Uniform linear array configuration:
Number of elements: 8
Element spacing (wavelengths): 0.25
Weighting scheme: blackman
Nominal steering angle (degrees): -30
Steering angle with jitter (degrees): -31.224
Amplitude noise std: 0.05
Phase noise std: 0.05

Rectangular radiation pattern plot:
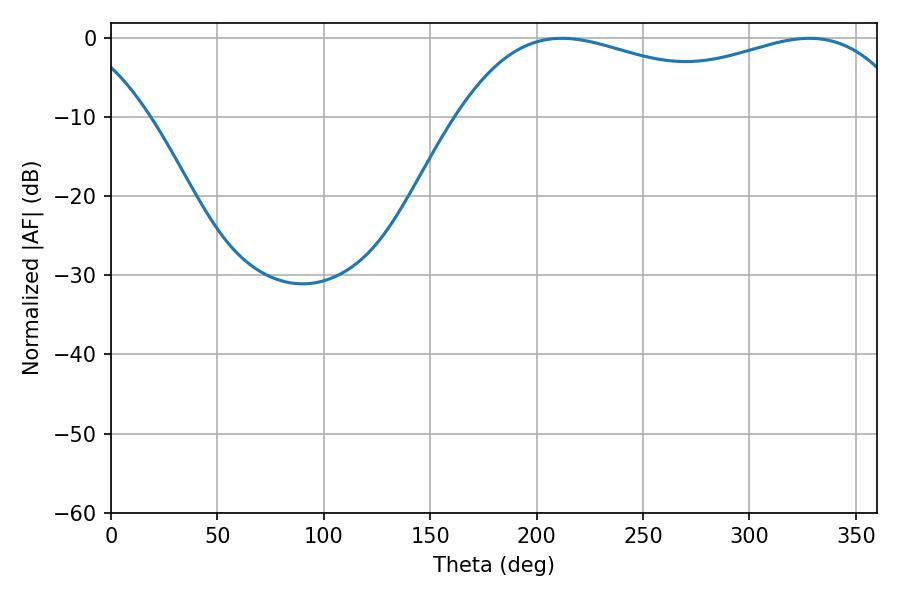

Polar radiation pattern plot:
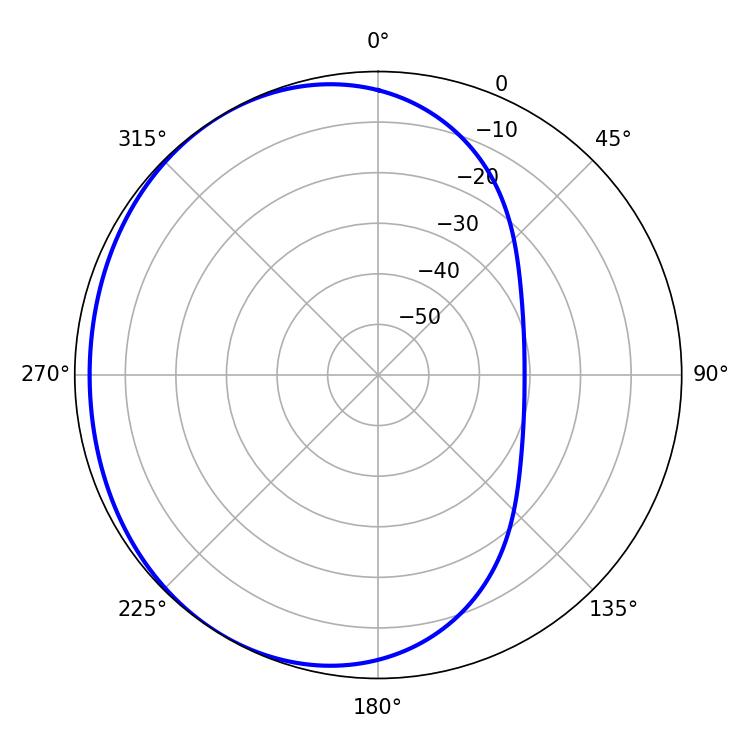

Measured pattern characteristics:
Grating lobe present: FALSE
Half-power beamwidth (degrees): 174.24
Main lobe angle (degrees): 211.86